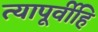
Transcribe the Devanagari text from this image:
त्यापूर्वीहि